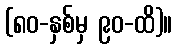
(၈၀-နှစ်မှ ၉၀-ထိ)။